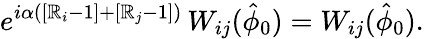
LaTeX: e^{i\alpha\left(\left[\mathbb{R}_{i}-1\right]+\left[\mathbb{R}_{j}-1\right]\right)}\, W_{ij}(\hat{{\phi}}_{0})=W_{ij}(\hat{{\phi}}_{0}).